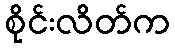
စိုင်းလိတ်က